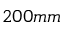
2 0 0 m m